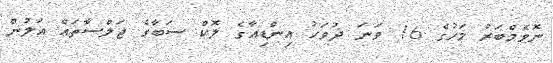
ނޮވެމްބަރު މަހުގެ 16 ވަނަ ދުވަހު އިންޑިއާގެ ލޮކް ސަބާގެ ޖަލްސާތައް އަލުން